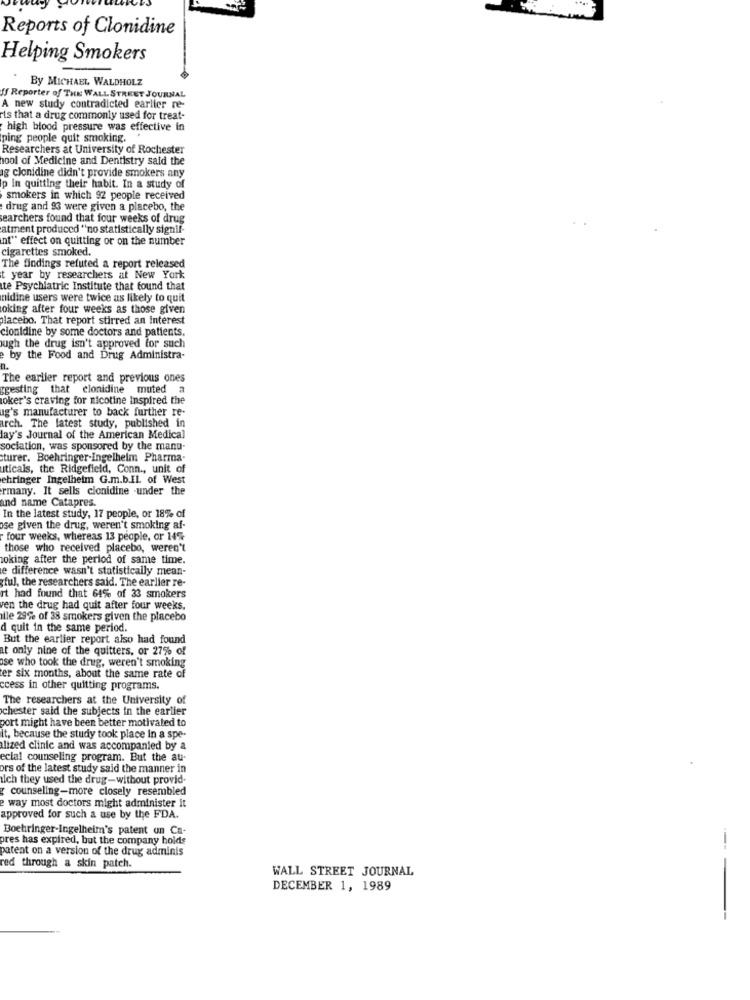
Reports of Clonidine
Helping Smokers
By MICHAEL WALDHOLZ
ff Reporter of THE WALL STREET JOURNAL
A new study contradicted earlier re-
is that a drug commonly used for treat-
high blood pressure was effective in
ping people quit smoking.
Researchers at University of Rochester
hool of Medicine and Dentistry said the
ig clonidine didn't provide smokers any
p In quitting their habit. In a study of
smokers in which 92 people received
drug and 93 were given a placebo, the
searchers found that four weeks of drug
atment produced "no statistically signif-
int" effect on quitting or on the number
cigarettes smoked.
The findings refuted a report released
t year by researchers at New York
te Psychiatric Institute that found that
nidine users were twice as likely to quit
loking after four weeks as those given
placebo. That report stirred an interest
cionidine by some doctors and patients.
ugh the drug isn't approved for such
by the Food and Drug Administra-
n.
The earlier report and previous ones
rgesting that clonidine muted a
loker's craving for nicotine Inspired the
ag's manufacturer to back further re-
arch. The latest study, published in
lay's Journal of the American Medical
sociation, was sponsored by the manu-
turer. Boehringer Ingelheim Pharma-
uticals, the Ridgefield, Conn ., unit of
ehringer Ingelheim G.m.b.Il. of West
rmany. It sells clonidine .under the
and name Catapres.
In the latest study, 17 people, or 18% of
ose given the drug, weren't smoking af-
four weeks, whereas 13 people, or 14%
those who received placebo, weren't
woking after the period of same time.
e difference wasn't statistically mean-
ful, the researchers said. The earlier re-
rt had found that 64% of 33 smokers
ven the drug had quit after four weeks.
ile 29% of 38 smokers given the placebo
d quit in the same period.
But the earlier report also had found
at only nine of the quitters. or 27% of
ose who took the drug, weren't smoking
ter six months, about the same rate of
ccess in other quitting programs.
The researchers at the University of
chester said the subjects in the earlier
port might have been better motivated to
it, because the study took place in a spe-
alized clinic and was accompanied by a
ecial counseling program. But the au-
ors of the latest study said the manner in
Ich they used the drug-without provid-
counseling-more closely resembled
e way most doctors might administer it
approved for such a use by the FDA.
Boehringer-Ingelheim's patent on Ca-
pres has expired, but the company holds
patent on a version of the drug adminis
red through a skin patch.
WALL STREET JOURNAL
DECEMBER 1, 1989
--
--